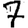
Digit: 7